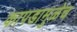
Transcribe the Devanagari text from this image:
कापडामुळेच